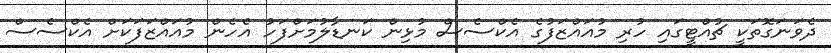
ދެވަނަގޮތަކީ ޗުއްޓީގައި ހުރި މުއައްޒަފުގެ އެކްސެސް މުޅިން ކަނޑާލުމަށްފަހު އެހެން މުއައްޒަފަކަށް އެކްސެސް